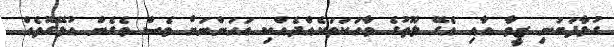
ގުޅާފަބުނި ޒީވާ އާއި އެގޭ ލޫތުގެ ވާހަކަތަކެއްދެއްކި އަހަންނަށް ވެސް ވެގެން އުޅޭގޮތެއް